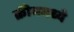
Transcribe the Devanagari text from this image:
क्रीममध्ये